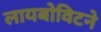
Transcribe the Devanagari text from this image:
लायबोविटने